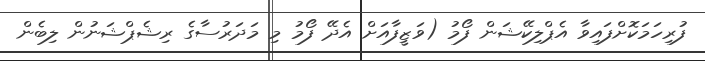
ފުރިހަމަކޮށްފައިވާ އެޕްލިކޭޝަން ފޯމު (ވަޒީފާއަށް އެދޭ ފޯމު މި މަދަރުސާގެ ރިޝެޕްޝަނުން ލިބެން